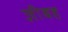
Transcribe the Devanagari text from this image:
ज़ीबह